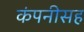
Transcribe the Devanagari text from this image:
कंपनीसह